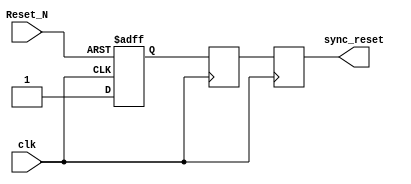
module async_reset_synchronizer (
    input wire clk,          // Clock input
    input wire Reset_N,      // Asynchronous reset input (active low)
    output reg sync_reset    // Synchronized reset output
);

    // Internal signals for the flip-flops
    reg reset_ff1;          // First flip-flop
    reg reset_ff2;          // Second flip-flop

    // Always block for the synchronous reset logic
    always @(posedge clk or negedge Reset_N) begin
        if (!Reset_N) begin
            // If Reset_N is low, asynchronously reset the first flip-flop
            reset_ff1 <= 1'b0;
        end else begin
            // On clock edge, capture the reset state
            reset_ff1 <= 1'b1; // Set to high when Reset_N is released
        end
    end

    // Always block for the second flip-flop
    always @(posedge clk) begin
        // Transfer the state from the first flip-flop to the second
        reset_ff2 <= reset_ff1;
    end

    // Assign the synchronized reset output
    always @(posedge clk) begin
        sync_reset <= reset_ff2; // Output the synchronized reset
    end

endmodule